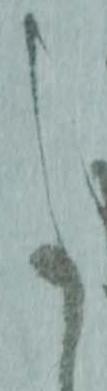
事